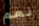
نعم